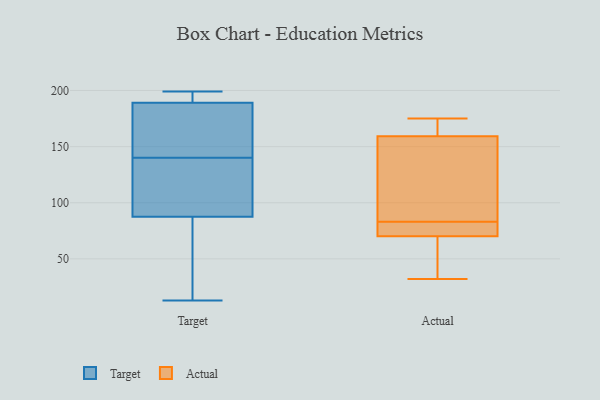
{"axis": {"x": "Production Output", "y": "Value"}, "legend": ["Actual", "Target"], "data": [{"x": "", "y": 176, "type": "Target"}, {"x": "", "y": 198, "type": "Target"}, {"x": "", "y": 106, "type": "Target"}, {"x": "", "y": 13, "type": "Target"}, {"x": "", "y": 30, "type": "Target"}, {"x": "", "y": 182, "type": "Target"}, {"x": "", "y": 69, "type": "Target"}, {"x": "", "y": 199, "type": "Target"}, {"x": "", "y": 196, "type": "Target"}, {"x": "", "y": 141, "type": "Target"}, {"x": "", "y": 139, "type": "Target"}, {"x": "", "y": 106, "type": "Target"}, {"x": "", "y": 32, "type": "Actual"}, {"x": "", "y": 69, "type": "Actual"}, {"x": "", "y": 82, "type": "Actual"}, {"x": "", "y": 133, "type": "Actual"}, {"x": "", "y": 90, "type": "Actual"}, {"x": "", "y": 74, "type": "Actual"}, {"x": "", "y": 54, "type": "Actual"}, {"x": "", "y": 83, "type": "Actual"}, {"x": "", "y": 175, "type": "Actual"}, {"x": "", "y": 168, "type": "Actual"}, {"x": "", "y": 174, "type": "Actual"}]}